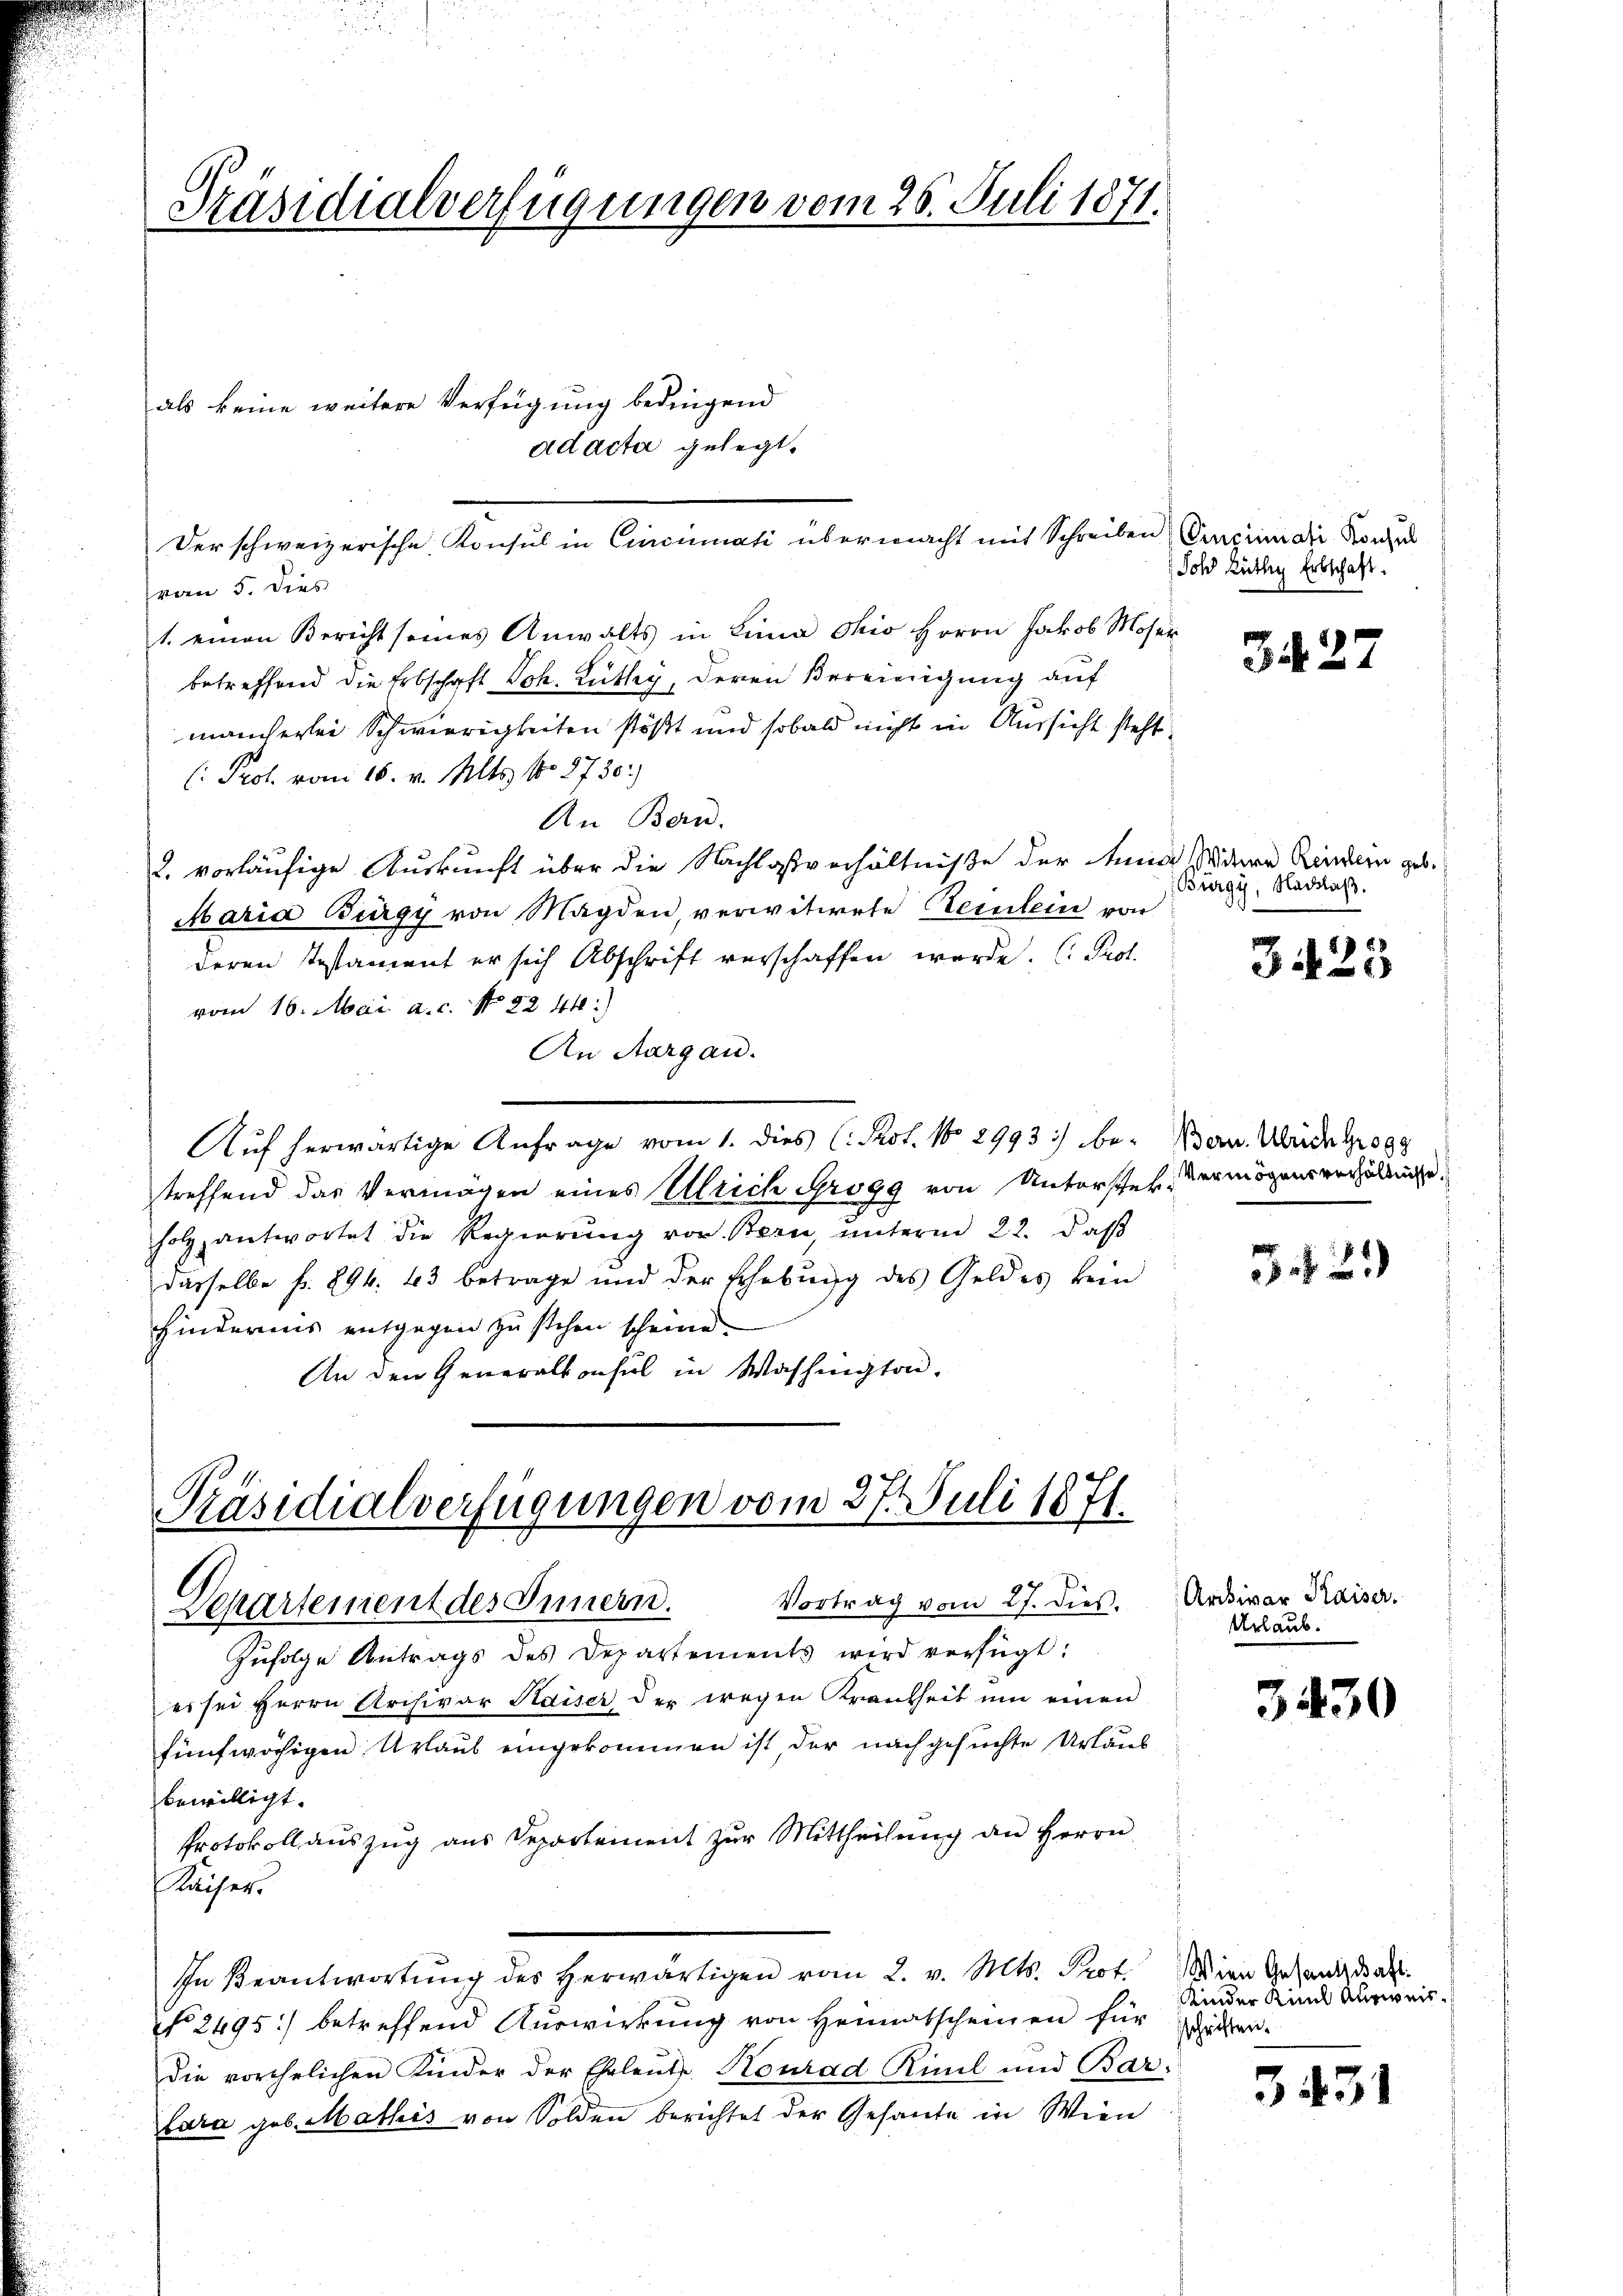
Präsidialverfügungen vom 28. Juli 1871.

ad acta gelegt.
Der schweizerische Konsul in Cincumati übermacht mit Schreiben
von 5. dies
1. einen Bericht seines Anwalts in Lina Ohio Herrn Jakob Mose.
betreffend die Erbschaft Joh. Luthey, deren Bereinigung auf
mancherlei Schwierigkeiten stößt und sobald nicht in Aussicht steht
( Prof. vom 16. v. Mts. No 8730)
An Bern.
2. vorläufige Auskunft über die Nachlosverhältniße der Annie
Maria Burgy von Magden, verwitwete Peinlein von
deren Testament er sich Abschrift verschaffen werde. (Prof.
vom 16. Mai a.c. No 2244:)
An Aargau.
Auf herwärtige Anfrage vom 1. dies Prot. No 2993) be-
treffend das Vermögen eines Ulrich Grogg von Unterster, Vermögensverhältnisse
holz antwortet die Regierŭng vor. Stern, ŭnterm 22. daβ
dasselbe fr. 894. 43 betrage und der Erhebung des Geldes kein
Hindernis entgegen zu stehen scheine.
An den Generalkonsul in Washington,

als keine weitere Verfügung bedingend

Präsidialverfügungen vom 27. Juli 1871.
Vortrag vom 27. dies. Archivar Kaiser.
Departement des Innern.

Zŭfolge Antrags des Departements wird verfügt:
es sei Herrn Archivar Kaiser der wegen Krankheit um einen
fünfwächigen Urlaub eingekommen ist der nachgesuchte Urlaub
bewilligt.
Protokoll auszug aus Departement zur Mittheilung an Herrn
Nächer.
In Beantwortung des herwärtigen vom 2. v. Mts. Prot. Wien Gesandtaft
No 2495) betreffend Auswirkung von Heimatscheinen für
die vorehelichen Kinder der Eheleute Konrad Rümil und Bar-
lara geb. Mathis von Solden berichtet der Gesante in Wien

Cinpinati Konsul
Sohd Rüthig Erbschaft.

3427

Witwe Reinlein geb.
(Bürgy, Nachlaß.

3425

Bern. Ulrich Grog

32.)

Urlaub.

3430

Kinder Kind Ausweis
sschriften.

3451